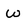
Character: w